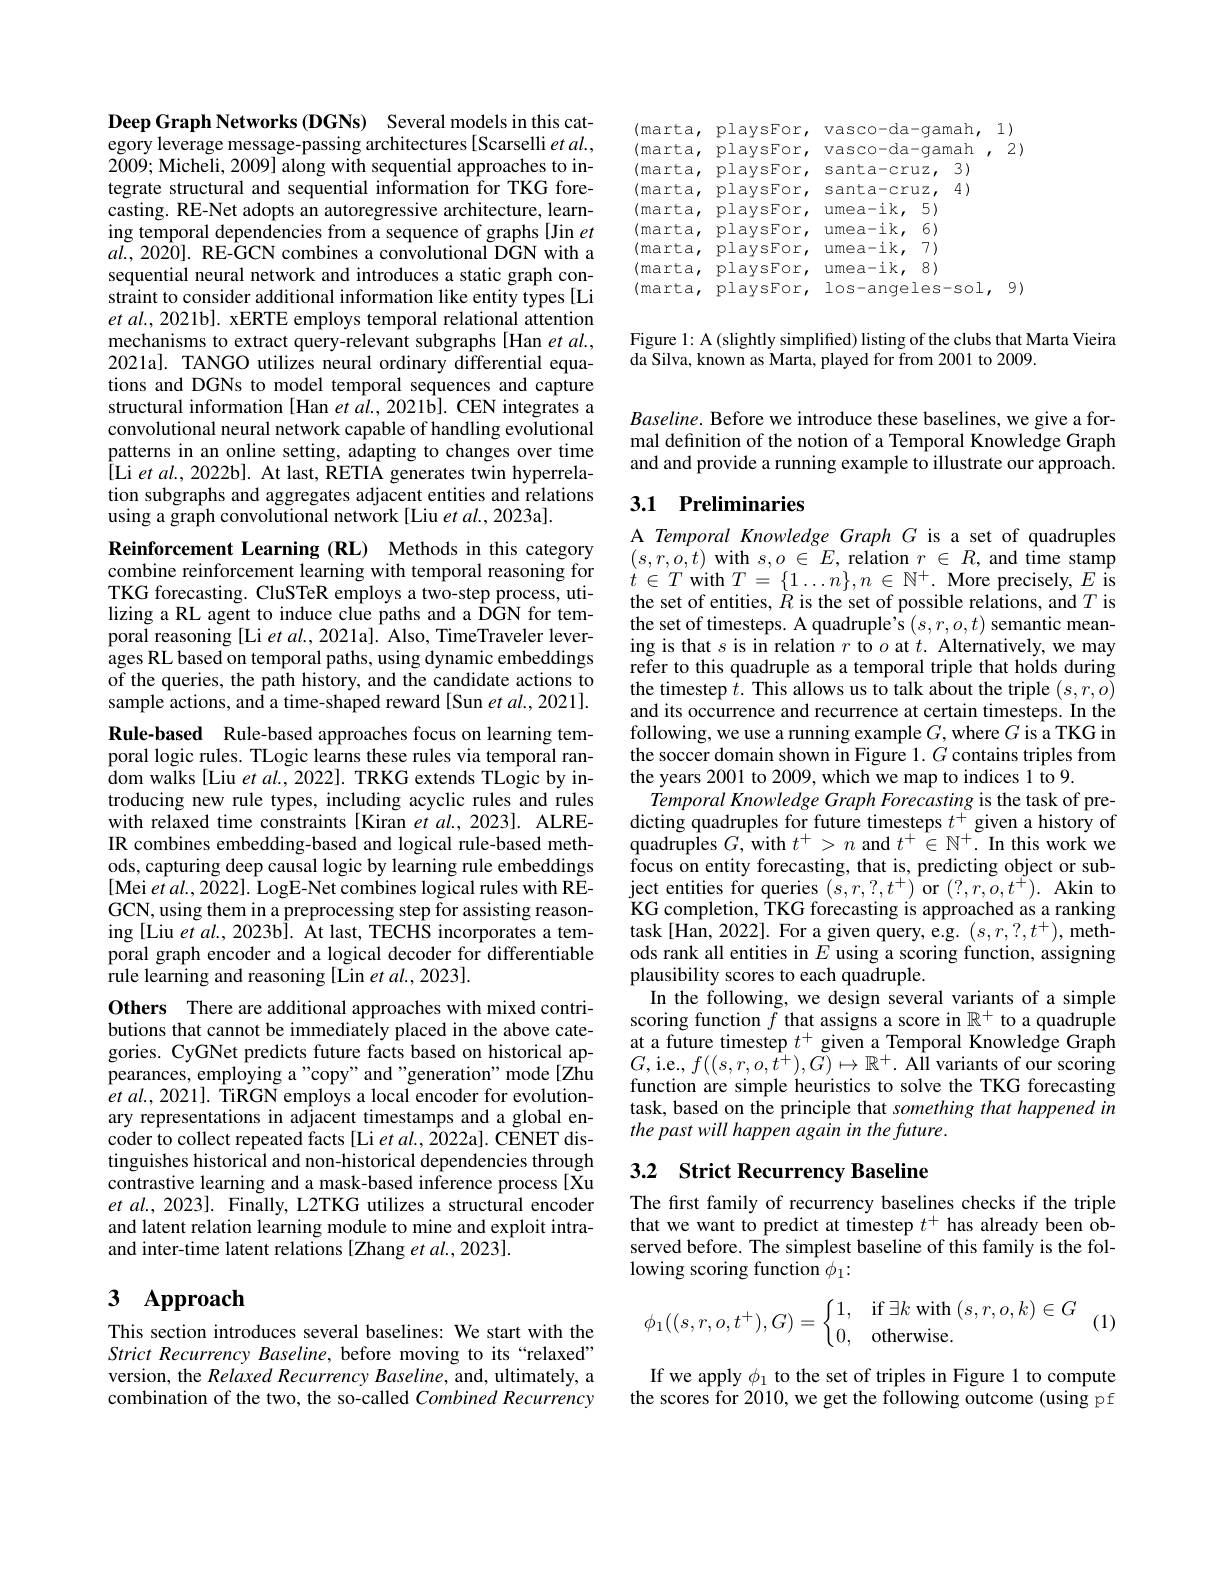
Deep Graph Networks (DGNs) Several models in this category leverage message-passing architectures [Scarselli $etal.$, 2009; Micheli, 2009] along with sequential approaches to integrate structural and sequential information for TKG forecasting. RE-Net adopts an autoregressive architecture, learning temporal dependencies from a sequence of graphs [Jin $et$ $a\tilde{l}.,20\hat{20}].$ RE-GCN combines a convolutional $\tilde{\mathrm{DGN~with~a}}$ sequential neural network and introduces a static graph constraint to consider additional information like entity types [Li et al., 2021b]. xERTE employs temporal relational attention mechanisms to extract query-relevant subgraphs[Han et al., 2021al. TANGO utilizes neural ordinary differential equations and DGNs to model temporal sequences and capture structural information [Han et al., 2021b]. CEN integrates a convolutional neural network capable of handling evolutional patterns in an online setting, adapting to changes over time ${\hat{[}{\mathrm{Li~et~al.,2022b].~At~last,~\tilde{\mathrm{RETIA~generates~twin~hyperrela-}}}}}$ tion subgraphs and aggregates adjacent entities and relations using a graph convolutional network[Liu et al., 2023a].

Reinforcement Learning (RL) Methods in this category combine reinforcement learning with temporal reasoning for TKG forecasting. CluSTeR employs a two-step process, utilizing a RL agent to induce clue paths and a DGN for temporal reasoning [Li $etal.,2021$a]. Also, TimeTraveler leverages RL based on temporal paths, using dynamic embeddings of the queries, the path history, and the candidate actions to sample actions, and a time-shaped reward[Sun et al., 2021].

Rule-based Rule-based approaches focus on learning temporal logic rules. TLogic learns these rules via temporal random walks [Liu et al., 2022]. TRKG extends TLogic by introducing new rule types, including acyclic rules and rules with relaxed time constraints[Kiran $etal.,2023].$ ALREIR combines embedding-based and logical rule-based methods, capturing deep causal logic by learning rule embeddings [Mei $etal.,2022].$ LogE-Net combines logical rules with REGCN, using them in a preprocessing step for assisting reasoning [Liu et al., 2023b]. Ât last, TECHS incorporates a temporal graph encoder and a logical decoder for differentiable rule learning and reasoning [Lin et al., 2023].
Others There are additional approaches with mixed contributions that cannot be immediately placed in the above categories. CyGNet predicts future facts based on historical appearances, employing a "copy" and "generation" mode[Zhu $etal.,2021].$ TiRGN employs a local encoder for evolutionary representations in adjacent timestamps and a global encoder to collect repeated facts [Li et al., 2022a]. CENET distinguishes historical and non-historical dependencies through contrastive learning and a mask-based inference process[Xu $etal.,2023].$ Finally, L2TKG utilizes a structural encoder and latent relation learning module to mine and exploit intraand inter-time latent relations [Zhang et al.,2023].

## $\textbf{3}$ $\textbf{Approach}$

This section introduces several baselines: We start with the Strict Recurrency Baseline, before moving to its“relaxed” version, the Relaxed Recurrency Baseline, and, ultimately, a combination of the two, the so-called Combined Recurrency

(marta, playsFor, vasco-da-gamah, 1)

(marta, playsFor, vasco-da-gamah,2)

(marta, playsFor, santa-cruz, 3)

(marta, playsFor, santa-cruz, 4)

(marta, playsFor, umea-ik, 5)

(marta, playsFor, umea-ik, 6)

(marta, playsFor, umea-ik, 7)

(marta, playsFor, umea-ik, 8)

(marta, playsFor, los-angeles-sol, 9)

Figure 1: A (slightly simplified) listing of the clubs that Marta Vieira
da Silva, known as Marta, played for from 2001 to 2009.

Baseline. Before we introduce these baselines, we give a formal definition of the notion of a Temporal Knowledge Graph and and provide a running example to illustrate our approach.

## 3.1 Preliminaries

A Temporal Knowledge Graph G is a set of quadruples $(s,r,o,t)$ with $s,o\in E$, relation $r\in R$, and time stamp $t\in T$ with $T=\{1\ldots n\},n\in\mathbb{N}^+.$ More precisely, $E$ is the set of entities, $\bar{R}$ is the set of possible relations, and $T$ is the set of timesteps. A quadruple's $(s,r,o,t)$ semantic meaning is that $s$ is in relation $r$ to $o$ at $t.$ Alternatively, we may refer to this quadruple as a temporal triple that holds during the timestep $\hat{t}.$ This allows us to talk about the triple $(s,r,o)$ and its occurrence and recurrence at certain timesteps. In the following, we use a running example $G$, where $G$ is a TKG in the soccer domain shown in Figure 1. $G$ contains triples from the years 2001 to 2009, which we map to indices 1 to 9.
Temporal Knowledge Graph Forecasting is the task of predicting quadruples for future timesteps $t^+$ given a history of quadruples $G$,with $t^+>n$ and $t^+\in\mathbb{N}^+.$ In this work we focus on entity forecasting, that is, predicting object or sub- $\begin{array}{l}{\text{ject entities for queries }(s,r,?,t^{+})\mathrm{~or~}(?,r,o,t^{+}).\mathrm{~Akin~to}}\\{\text{KG completion, TKG forecasting is approached as a ranking}}\end{array}$ task[Han,2022]. For a given query, e.g. $(s,r,?,t^+)$,methods rank all entities in $E$ using a scoring function, assigning plausibility scores to each quadruple.
In the following, we design several variants of a simple scoring function $f$ that assigns a score in $\mathbb{R}^+$ to a quadruple at a future timestep $t^+$ given a Temporal Knowledge Graph $G$,i.e.$,f((s,r,o,\hat{t}^{+}),\tilde{G})\mapsto\mathbb{R}^{+}.$ All variants of our scoring function are simple heuristics to solve the TKG forecasting task, based on the principle that something that happened in the past will happen again in the future.

# 3.2 Strict Recurrency Baseline

The first family of recurrency baselines checks if the triple that we want to predict at timestep $t^+$ has already been observed before. The simplest baseline of this family is the following scoring function $\phi_1:$
$$\phi_1((s,r,o,t^+),G)=\begin{cases}1,&\text{if}\exists k\text{with}(s,r,o,k)\in G\\0,&\text{otherwise.}\end{cases}(1)$$
If we apply $\phi_1$ to the set of triples in Figure 1 to compute the scores for 2010, we get the following outcome (using pf